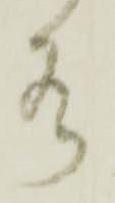
水